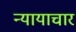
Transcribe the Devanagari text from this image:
न्यायाचार